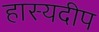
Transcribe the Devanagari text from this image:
हास्यदीप